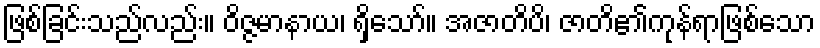
ဖြစ်ခြင်းသည်လည်း။ ဝိဇ္ဇမာနာယ၊ ရှိသော်။ အဇာတိပိ၊ ဇာတိ၏ကုန်ရာဖြစ်သော